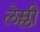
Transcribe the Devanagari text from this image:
लेम्ली